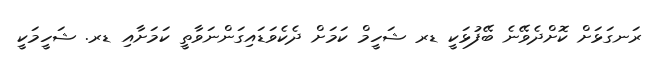
ރަނގަޅަށް ކޮށްދެވޭނެ ބޭފުޅަކީ ޑރ ޝަހީމް ކަމަށް ދެކެވަޑައިގަންނަވާތީ ކަމަށާއި ޑރ. ޝަހީމަކީ